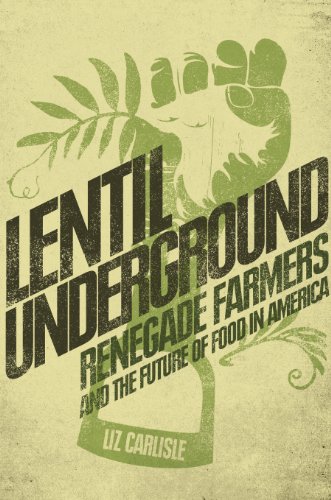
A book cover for Lentil Underground: Renegade Farmers and the Future of Food in America; Liz Carlisle; Science & Math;